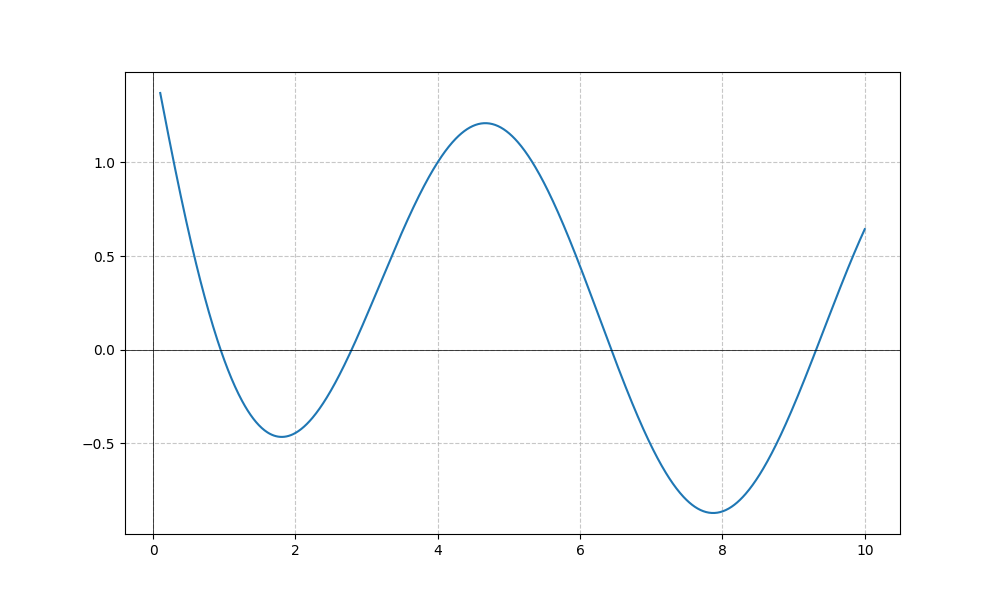
LaTeX formula: - \sin{\left(x \right)} + \operatorname{acot}{\left(x \right)}